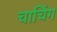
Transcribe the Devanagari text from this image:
चाचिंग